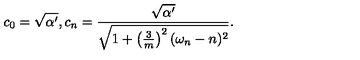
c _ { 0 } = \sqrt { \alpha ^ { \prime } } , c _ { n } = \frac { \sqrt { \alpha ^ { \prime } } } { \sqrt { 1 + \left( \frac { 3 } { m } \right) ^ { 2 } ( \omega _ { n } - n ) ^ { 2 } } } .